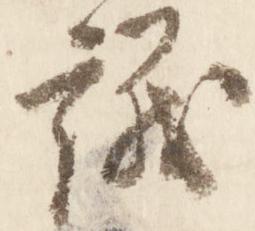
議